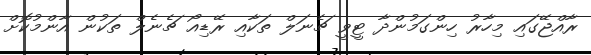
ރާއްޖޭގައި މިހާރު ހިންގަމުންދާ ޓީވީ ޗެނަލް ތަކާއި ރޭޑިއޯ ޗެނެލް ތަކުން އާންމުކޮށް